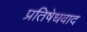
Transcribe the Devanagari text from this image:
प्रतिषेधवाद